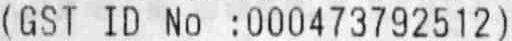
(GST ID NO : 000473792512)